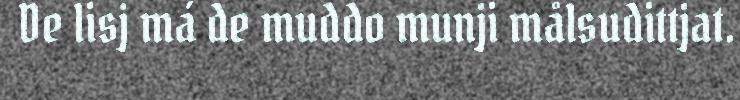
De lisj má de muddo munji målsudittjat.